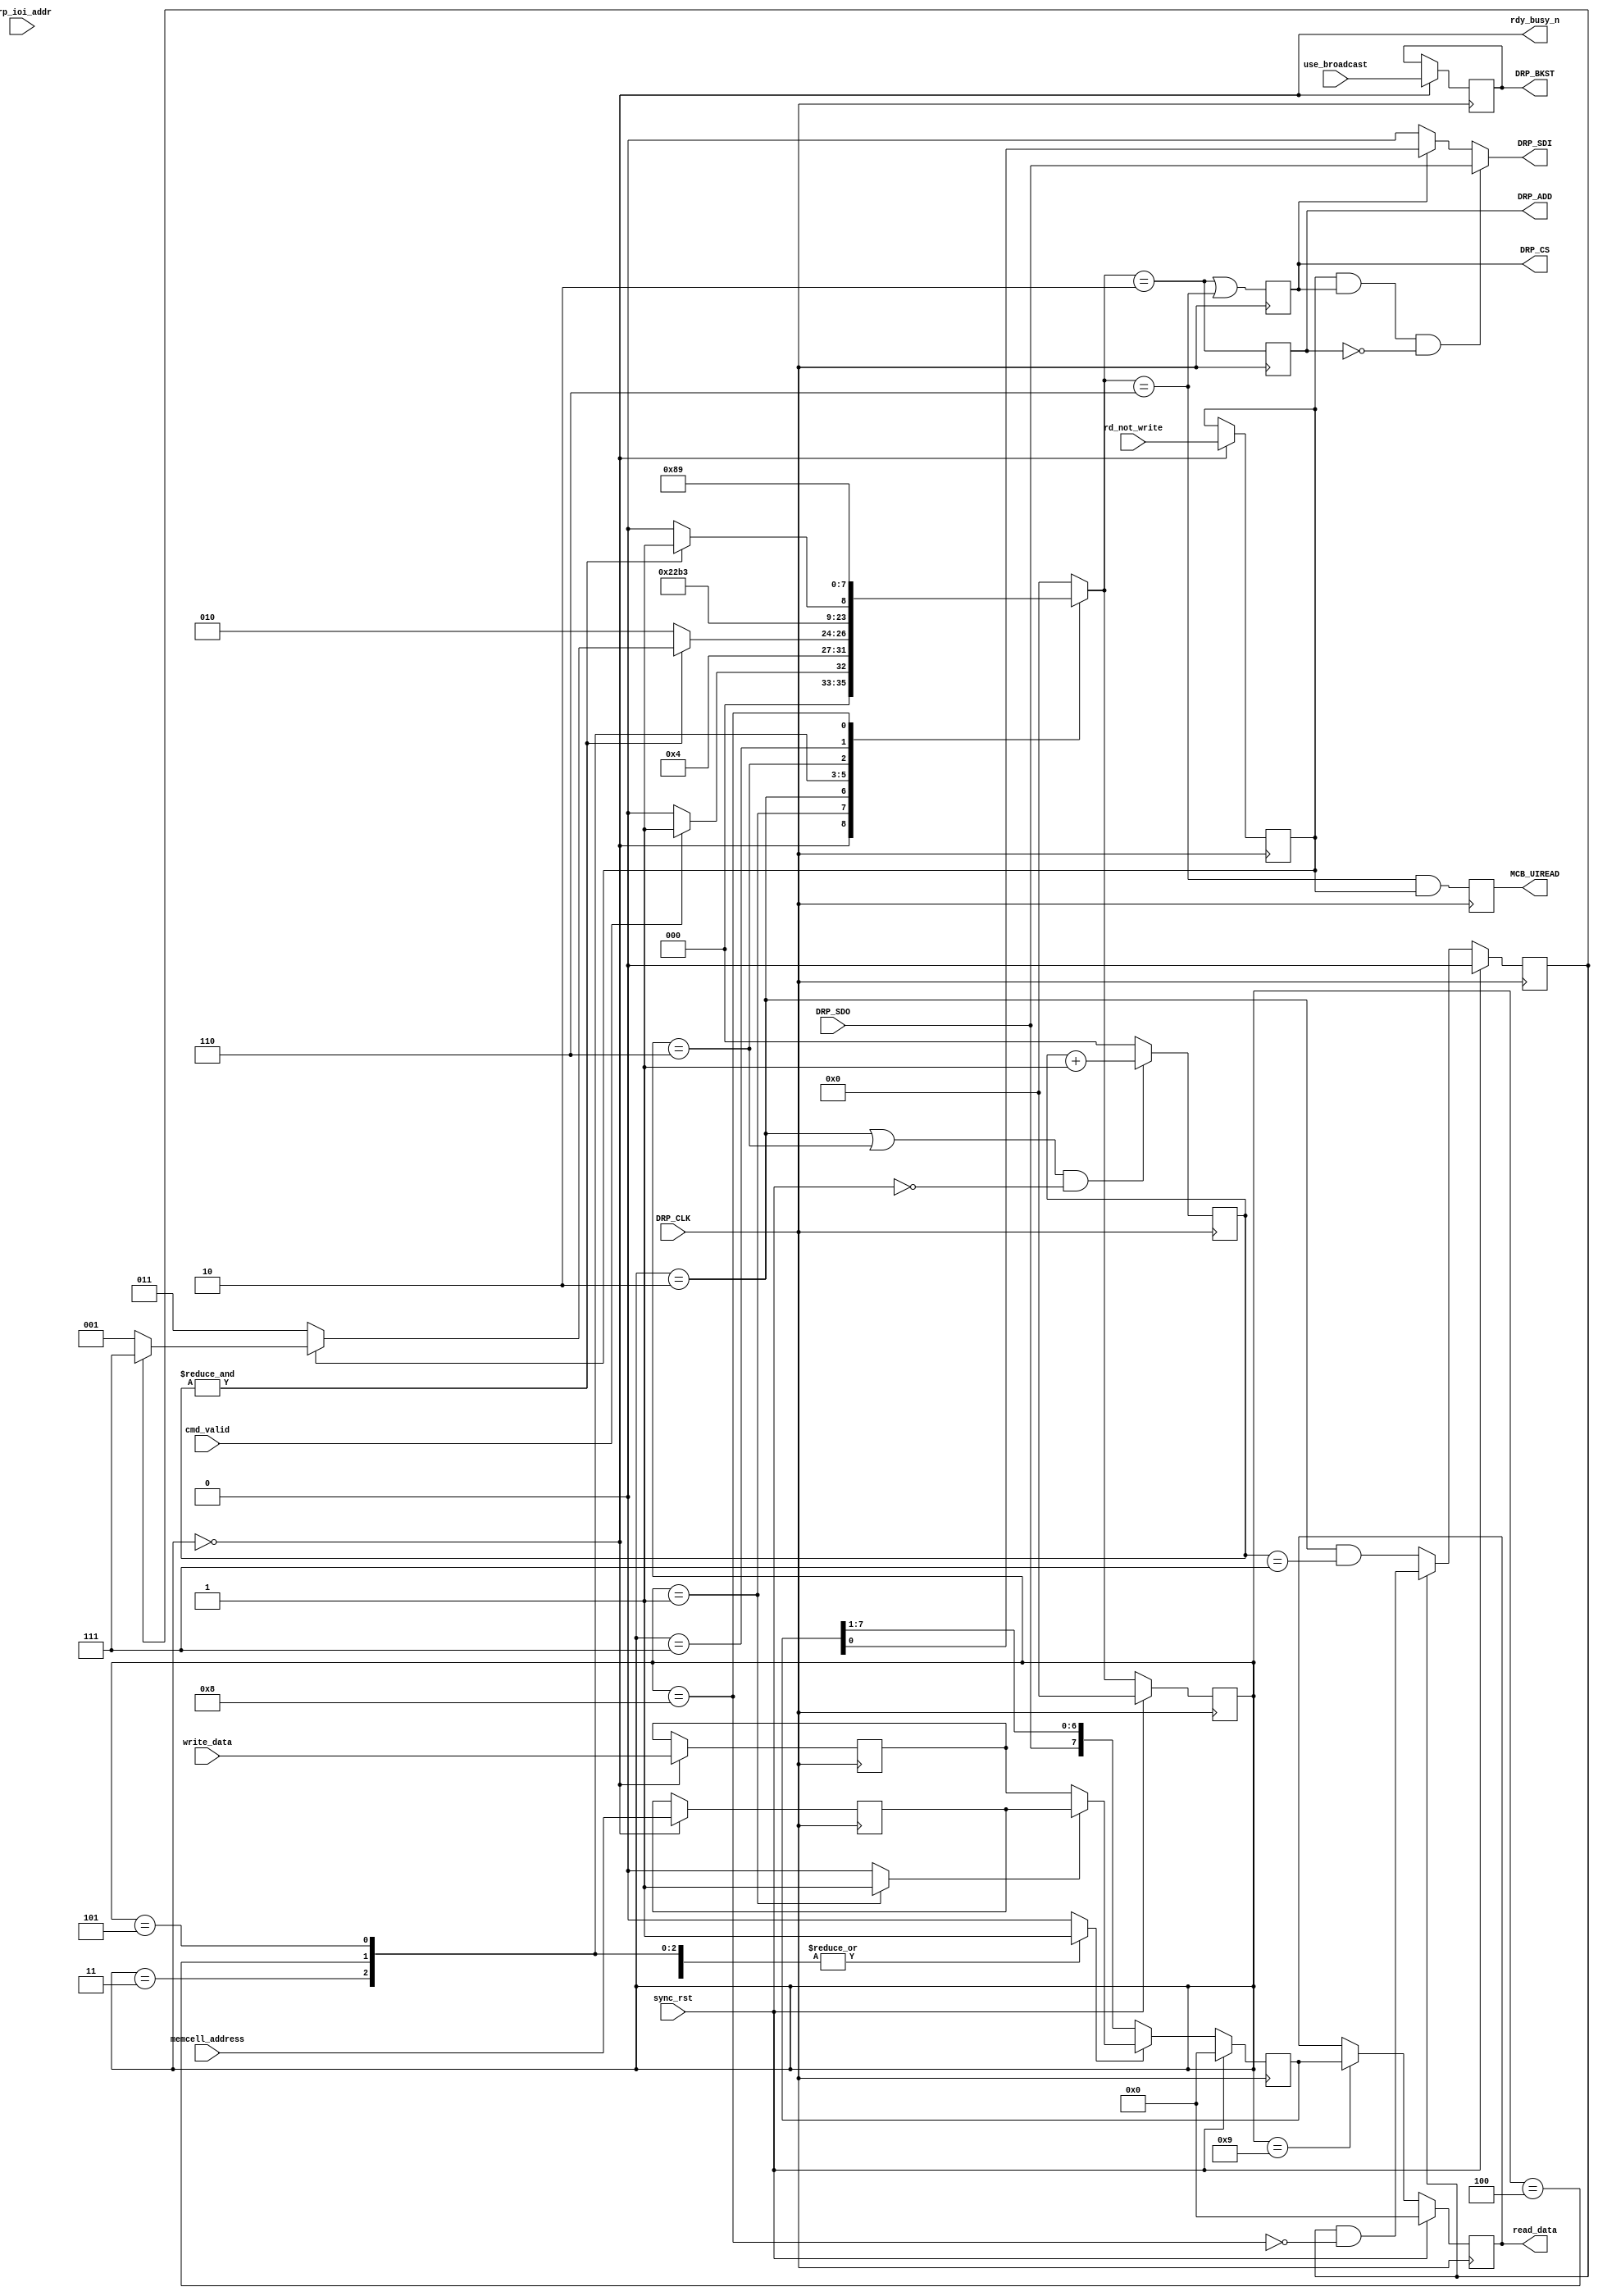
//*****************************************************************************
// (c) Copyright 2009 Xilinx, Inc. All rights reserved.
//
// This file contains confidential and proprietary information
// of Xilinx, Inc. and is protected under U.S. and
// international copyright and other intellectual property
// laws.
//
// DISCLAIMER
// This disclaimer is not a license and does not grant any
// rights to the materials distributed herewith. Except as
// otherwise provided in a valid license issued to you by
// Xilinx, and to the maximum extent permitted by applicable
// law: (1) THESE MATERIALS ARE MADE AVAILABLE "AS IS" AND
// WITH ALL FAULTS, AND XILINX HEREBY DISCLAIMS ALL WARRANTIES
// AND CONDITIONS, EXPRESS, IMPLIED, OR STATUTORY, INCLUDING
// BUT NOT LIMITED TO WARRANTIES OF MERCHANTABILITY, NON-
// INFRINGEMENT, OR FITNESS FOR ANY PARTICULAR PURPOSE; and
// (2) Xilinx shall not be liable (whether in contract or tort,
// including negligence, or under any other theory of
// liability) for any loss or damage of any kind or nature
// related to, arising under or in connection with these
// materials, including for any direct, or any indirect,
// special, incidental, or consequential loss or damage
// (including loss of data, profits, goodwill, or any type of
// loss or damage suffered as a result of any action brought
// by a third party) even if such damage or loss was
// reasonably foreseeable or Xilinx had been advised of the
// possibility of the same.
//
// CRITICAL APPLICATIONS
// Xilinx products are not designed or intended to be fail-
// safe, or for use in any application requiring fail-safe
// performance, such as life-support or safety devices or
// systems, Class III medical devices, nuclear facilities,
// applications related to the deployment of airbags, or any
// other applications that could lead to death, personal
// injury, or severe property or environmental damage
// (individually and collectively, "Critical
// Applications"). Customer assumes the sole risk and
// liability of any use of Xilinx products in Critical
// Applications, subject only to applicable laws and
// regulations governing limitations on product liability.
//
// THIS COPYRIGHT NOTICE AND DISCLAIMER MUST BE RETAINED AS
// PART OF THIS FILE AT ALL TIMES.
//
//*****************************************************************************
//   ____  ____
//  /   /\/   /
// /___/  \  /    Vendor: Xilinx
// \   \   \/     Version: %version
//  \   \         Application: MIG
//  /   /         Filename: iodrp_mcb_controller.v
// /___/   /\     Date Last Modified: $Date: 2011/06/02 07:17:24 $
// \   \  /  \    Date Created: Mon Feb 9 2009
//  \___\/\___\
//
//Device: Spartan6
//Design Name: DDR/DDR2/DDR3/LPDDR
//Purpose:  Xilinx reference design for IODRP controller for v0.9 device
//Reference:
//
//  Revision:      Date:  Comment
//       1.0:  3/19/09:  Initial version for IODRP_MCB read operations.
//       1.1:  4/03/09:  SLH - Added left shift for certain IOI's
// End Revision
//**********************************************************************************

`timescale 1ps/1ps

`ifdef ALTERNATE_READ
`else
  `define ALTERNATE_READ 1'b1
`endif

module iodrp_mcb_controller(
  input   wire  [7:0] memcell_address,
  input   wire  [7:0] write_data,
  output  reg   [7:0] read_data = 0,
  input   wire        rd_not_write,
  input   wire        cmd_valid,
  output  wire        rdy_busy_n,
  input   wire        use_broadcast,
  input   wire  [4:0] drp_ioi_addr,
  input   wire        sync_rst,
  input   wire        DRP_CLK,
  output  reg         DRP_CS,
  output  wire        DRP_SDI,  //output to IODRP SDI pin
  output  reg         DRP_ADD,
  output  reg         DRP_BKST,
  input   wire        DRP_SDO,   //input from IODRP SDO pin
  output  reg         MCB_UIREAD = 1'b0
  );

   reg [7:0]          memcell_addr_reg;     // Register where memcell_address is captured during the READY state
   reg [7:0]          data_reg;             // Register which stores the write data until it is ready to be shifted out
   reg [8:0]          shift_through_reg;    // The shift register which shifts out SDO and shifts in SDI.
                                            //    This register is loaded before the address or data phase, but continues to shift for a writeback of read data
   reg                load_shift_n;         // The signal which causes shift_through_reg to load the new value from data_out_mux, or continue to shift data in from DRP_SDO
   reg                addr_data_sel_n;      // The signal which indicates where the shift_through_reg should load from.  0 -> data_reg  1 -> memcell_addr_reg
   reg [2:0]          bit_cnt= 3'b0;        // The counter for which bit is being shifted during address or data phase
   reg                rd_not_write_reg;
   reg                AddressPhase;         // This is set after the first address phase has executed
   reg                DRP_CS_pre;
   reg                extra_cs;

   (* FSM_ENCODING="GRAY" *) reg [3:0] state, nextstate;

   wire [8:0]   data_out;
   reg  [8:0]   data_out_mux; // The mux which selects between data_reg and memcell_addr_reg for sending to shift_through_reg
   wire DRP_SDI_pre;          //added so that DRP_SDI output is only active when DRP_CS is active

   localparam READY             = 4'h0;
   localparam DECIDE            = 4'h1;
   localparam ADDR_PHASE        = 4'h2;
   localparam ADDR_TO_DATA_GAP  = 4'h3;
   localparam ADDR_TO_DATA_GAP2 = 4'h4;
   localparam ADDR_TO_DATA_GAP3 = 4'h5;
   localparam DATA_PHASE        = 4'h6;
   localparam ALMOST_READY      = 4'h7;
   localparam ALMOST_READY2     = 4'h8;
   localparam ALMOST_READY3     = 4'h9;

   localparam IOI_DQ0           = 5'h01;
   localparam IOI_DQ1           = 5'h00;
   localparam IOI_DQ2           = 5'h03;
   localparam IOI_DQ3           = 5'h02;
   localparam IOI_DQ4           = 5'h05;
   localparam IOI_DQ5           = 5'h04;
   localparam IOI_DQ6           = 5'h07;
   localparam IOI_DQ7           = 5'h06;
   localparam IOI_DQ8           = 5'h09;
   localparam IOI_DQ9           = 5'h08;
   localparam IOI_DQ10          = 5'h0B;
   localparam IOI_DQ11          = 5'h0A;
   localparam IOI_DQ12          = 5'h0D;
   localparam IOI_DQ13          = 5'h0C;
   localparam IOI_DQ14          = 5'h0F;
   localparam IOI_DQ15          = 5'h0E;
   localparam IOI_UDQS_CLK      = 5'h1D;
   localparam IOI_UDQS_PIN      = 5'h1C;
   localparam IOI_LDQS_CLK      = 5'h1F;
   localparam IOI_LDQS_PIN      = 5'h1E;

   //synthesis translate_off
   reg [32*8-1:0] state_ascii;
   always @ (state) begin
      case (state)
  READY     :state_ascii<="READY";
  DECIDE      :state_ascii<="DECIDE";
  ADDR_PHASE    :state_ascii<="ADDR_PHASE";
  ADDR_TO_DATA_GAP  :state_ascii<="ADDR_TO_DATA_GAP";
  ADDR_TO_DATA_GAP2 :state_ascii<="ADDR_TO_DATA_GAP2";
  ADDR_TO_DATA_GAP3 :state_ascii<="ADDR_TO_DATA_GAP3";
  DATA_PHASE    :state_ascii<="DATA_PHASE";
  ALMOST_READY    :state_ascii<="ALMOST_READY";
  ALMOST_READY2   :state_ascii<="ALMOST_READY2";
  ALMOST_READY3   :state_ascii<="ALMOST_READY3";
      endcase // case(state)
   end
   //synthesis translate_on

   /*********************************************
    *   Input Registers
    *********************************************/
   always @ (posedge DRP_CLK) begin
      if(state == READY) begin
        memcell_addr_reg <= memcell_address;
        data_reg <= write_data;
        rd_not_write_reg <= rd_not_write;
      end
   end

   assign rdy_busy_n = (state == READY);

   // The changes below are to compensate for an issue with 1.0 silicon.
   // It may still be necessary to add a clock cycle to the ADD and CS signals

//`define DRP_v1_0_FIX    // Uncomment out this line for synthesis

task shift_n_expand (
  input   [7:0] data_in,
  output  [8:0] data_out
  );

  begin
    if (data_in[0])
      data_out[1:0]  = 2'b11;
    else
      data_out[1:0]  = 2'b00;

    if (data_in[1:0] == 2'b10)
      data_out[2:1]  = 2'b11;
    else
      data_out[2:1]  = {data_in[1], data_out[1]};

    if (data_in[2:1] == 2'b10)
      data_out[3:2]  = 2'b11;
    else
      data_out[3:2]  = {data_in[2], data_out[2]};

    if (data_in[3:2] == 2'b10)
      data_out[4:3]  = 2'b11;
    else
      data_out[4:3]  = {data_in[3], data_out[3]};

    if (data_in[4:3] == 2'b10)
      data_out[5:4]  = 2'b11;
    else
      data_out[5:4]  = {data_in[4], data_out[4]};

    if (data_in[5:4] == 2'b10)
      data_out[6:5]  = 2'b11;
    else
      data_out[6:5]  = {data_in[5], data_out[5]};

    if (data_in[6:5] == 2'b10)
      data_out[7:6]  = 2'b11;
    else
      data_out[7:6]  = {data_in[6], data_out[6]};

    if (data_in[7:6] == 2'b10)
      data_out[8:7]  = 2'b11;
    else
      data_out[8:7]  = {data_in[7], data_out[7]};
  end
endtask


   always @(*) begin
    case(drp_ioi_addr)
`ifdef DRP_v1_0_FIX
      IOI_DQ0       : data_out_mux  = data_out<<1;
      IOI_DQ1       : data_out_mux  = data_out;
      IOI_DQ2       : data_out_mux  = data_out<<1;
//      IOI_DQ2       : data_out_mux  = data_out;
      IOI_DQ3       : data_out_mux  = data_out;
      IOI_DQ4       : data_out_mux  = data_out;
      IOI_DQ5       : data_out_mux  = data_out;
      IOI_DQ6       : shift_n_expand (data_out, data_out_mux);
//      IOI_DQ6       : data_out_mux  = data_out;
      IOI_DQ7       : data_out_mux  = data_out;
      IOI_DQ8       : data_out_mux  = data_out<<1;
      IOI_DQ9       : data_out_mux  = data_out;
      IOI_DQ10      : data_out_mux  = data_out<<1;
      IOI_DQ11      : data_out_mux  = data_out;
      IOI_DQ12      : data_out_mux  = data_out<<1;
      IOI_DQ13      : data_out_mux  = data_out;
      IOI_DQ14      : data_out_mux  = data_out<<1;
      IOI_DQ15      : data_out_mux  = data_out;
      IOI_UDQS_CLK  : data_out_mux  = data_out<<1;
      IOI_UDQS_PIN  : data_out_mux  = data_out<<1;
      IOI_LDQS_CLK  : data_out_mux  = data_out;
      IOI_LDQS_PIN  : data_out_mux  = data_out;
`else
`endif
      IOI_DQ0       : data_out_mux  = data_out;
      IOI_DQ1       : data_out_mux  = data_out;
      IOI_DQ2       : data_out_mux  = data_out;
      IOI_DQ3       : data_out_mux  = data_out;
      IOI_DQ4       : data_out_mux  = data_out;
      IOI_DQ5       : data_out_mux  = data_out;
      IOI_DQ6       : data_out_mux  = data_out;
      IOI_DQ7       : data_out_mux  = data_out;
      IOI_DQ8       : data_out_mux  = data_out;
      IOI_DQ9       : data_out_mux  = data_out;
      IOI_DQ10      : data_out_mux  = data_out;
      IOI_DQ11      : data_out_mux  = data_out;
      IOI_DQ12      : data_out_mux  = data_out;
      IOI_DQ13      : data_out_mux  = data_out;
      IOI_DQ14      : data_out_mux  = data_out;
      IOI_DQ15      : data_out_mux  = data_out;
      IOI_UDQS_CLK  : data_out_mux  = data_out;
      IOI_UDQS_PIN  : data_out_mux  = data_out;
      IOI_LDQS_CLK  : data_out_mux  = data_out;
      IOI_LDQS_PIN  : data_out_mux  = data_out;
      default       : data_out_mux  = data_out;
    endcase
   end


   /*********************************************
    *   Shift Registers / Bit Counter
    *********************************************/
   assign     data_out = (addr_data_sel_n)? {1'b0, memcell_addr_reg} : {1'b0, data_reg};

   always @ (posedge DRP_CLK) begin
      if(sync_rst)
        shift_through_reg <= 9'b0;
      else begin
        if (load_shift_n)     //Assume the shifter is either loading or shifting, bit 0 is shifted out first
          shift_through_reg <= data_out_mux;
        else
          shift_through_reg <= {1'b0, DRP_SDO, shift_through_reg[7:1]};
      end
   end

   always @ (posedge DRP_CLK) begin
      if (((state == ADDR_PHASE) | (state == DATA_PHASE)) & !sync_rst)
        bit_cnt <= bit_cnt + 1;
      else
        bit_cnt <= 3'b0;
   end

  always @ (posedge DRP_CLK) begin
    if(sync_rst) begin
      read_data <= 8'h00;
    end
    else begin
      if(state == ALMOST_READY3)
        read_data <= shift_through_reg;
    end
  end

  always @ (posedge DRP_CLK) begin
    if(sync_rst) begin
      AddressPhase  <= 1'b0;
    end
    else begin
      if (AddressPhase) begin
        // Keep it set until we finish the cycle
        AddressPhase <= AddressPhase && ~(state == ALMOST_READY2);
      end
      else begin
        // set the address phase when ever we finish the address phase
        AddressPhase <= (state == ADDR_PHASE) && (bit_cnt == 3'b111);
      end
    end
  end

   /*********************************************
    *   DRP Signals
    *********************************************/
   always @ (posedge DRP_CLK) begin
      DRP_ADD     <= (nextstate == ADDR_PHASE);
      DRP_CS      <= (nextstate == ADDR_PHASE) | (nextstate == DATA_PHASE);
//      DRP_CS      <= (drp_ioi_addr != IOI_DQ0) ? (nextstate == ADDR_PHASE) | (nextstate == DATA_PHASE) : (bit_cnt != 3'b111) && (nextstate == ADDR_PHASE) | (nextstate == DATA_PHASE);
      MCB_UIREAD  <= (nextstate == DATA_PHASE) && rd_not_write_reg;
      if (state == READY)
        DRP_BKST  <= use_broadcast;
   end

   assign DRP_SDI_pre = (DRP_CS)? shift_through_reg[0] : 1'b0;  //if DRP_CS is inactive, just drive 0 out - this is a possible place to pipeline for increased performance
   assign DRP_SDI = (rd_not_write_reg & DRP_CS & !DRP_ADD)? DRP_SDO : DRP_SDI_pre; //If reading, then feed SDI back out SDO - this is a possible place to pipeline for increased performance


   /*********************************************
    *   State Machine
    *********************************************/
  always @ (*) begin
    addr_data_sel_n = 1'b0;
    load_shift_n = 1'b0;
    case (state)
      READY:  begin
         load_shift_n = 0;
         if(cmd_valid)
          nextstate = DECIDE;
         else
          nextstate = READY;
        end
      DECIDE: begin
          load_shift_n = 1;
          addr_data_sel_n = 1;
          nextstate = ADDR_PHASE;
        end
      ADDR_PHASE: begin
         load_shift_n = 0;
         if(&bit_cnt[2:0])
           if (`ALTERNATE_READ && rd_not_write_reg)
             if (AddressPhase)
               // After the second pass go to end of statemachine
               nextstate = ALMOST_READY;
             else
               // execute a second address phase for the alternative access method.
               nextstate = DECIDE;
           else
            nextstate = ADDR_TO_DATA_GAP;
         else
          nextstate = ADDR_PHASE;
        end
      ADDR_TO_DATA_GAP: begin
          load_shift_n = 1;
          nextstate = ADDR_TO_DATA_GAP2;
        end
      ADDR_TO_DATA_GAP2: begin
         load_shift_n = 1;
         nextstate = ADDR_TO_DATA_GAP3;
        end
      ADDR_TO_DATA_GAP3: begin
         load_shift_n = 1;
         nextstate = DATA_PHASE;
        end
      DATA_PHASE: begin
         load_shift_n = 0;
         if(&bit_cnt)
            nextstate = ALMOST_READY;
         else
          nextstate = DATA_PHASE;
        end
      ALMOST_READY: begin
         load_shift_n = 0;
         nextstate = ALMOST_READY2;
         end
      ALMOST_READY2: begin
         load_shift_n = 0;
         nextstate = ALMOST_READY3;
         end
      ALMOST_READY3: begin
         load_shift_n = 0;
         nextstate = READY;
         end
      default: begin
         load_shift_n = 0;
         nextstate = READY;
       end
    endcase
  end

  always @ (posedge DRP_CLK) begin
    if(sync_rst)
      state <= READY;
    else
      state <= nextstate;
   end

endmodule